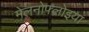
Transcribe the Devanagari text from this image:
मेलनोफ्लोइया